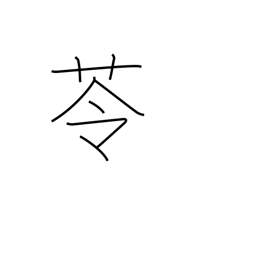
Meaning: herb